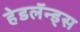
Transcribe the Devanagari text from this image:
हेडलॅन्ड्‌स